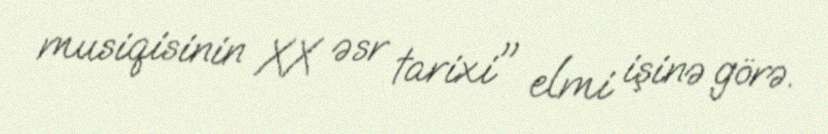
musiqisinin XX əsr tarixi" elmi işinə görə.